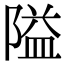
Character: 隘